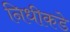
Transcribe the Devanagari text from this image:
निधीकडे